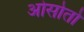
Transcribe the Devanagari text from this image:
ओसोतो